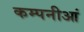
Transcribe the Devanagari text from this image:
कम्पनीआं